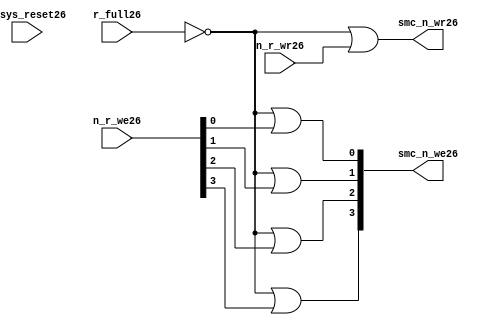
//File26 name   : smc_wr_enable_lite26.v
//Title26       : 
//Created26     : 1999
//Description26 : 
//Notes26       : 
//----------------------------------------------------------------------
//   Copyright26 1999-2010 Cadence26 Design26 Systems26, Inc26.
//   All Rights26 Reserved26 Worldwide26
//
//   Licensed26 under the Apache26 License26, Version26 2.0 (the
//   "License26"); you may not use this file except26 in
//   compliance26 with the License26.  You may obtain26 a copy of
//   the License26 at
//
//       http26://www26.apache26.org26/licenses26/LICENSE26-2.0
//
//   Unless26 required26 by applicable26 law26 or agreed26 to in
//   writing, software26 distributed26 under the License26 is
//   distributed26 on an "AS26 IS26" BASIS26, WITHOUT26 WARRANTIES26 OR26
//   CONDITIONS26 OF26 ANY26 KIND26, either26 express26 or implied26.  See
//   the License26 for the specific26 language26 governing26
//   permissions26 and limitations26 under the License26.
//----------------------------------------------------------------------


  module smc_wr_enable_lite26 (

                      //inputs26                      

                      n_sys_reset26,
                      r_full26,
                      n_r_we26,
                      n_r_wr26,

                      //outputs26

                      smc_n_we26,
                      smc_n_wr26);

//I26/O26
   
   input             n_sys_reset26;   //system reset
   input             r_full26;    // Full cycle write strobe26
   input [3:0]       n_r_we26;    //write enable from smc_strobe26
   input             n_r_wr26;    //write strobe26 from smc_strobe26
   output [3:0]      smc_n_we26;  // write enable (active low26)
   output            smc_n_wr26;  // write strobe26 (active low26)
   
   
//output reg declaration26.
   
   reg [3:0]          smc_n_we26;
   reg                smc_n_wr26;

//----------------------------------------------------------------------
// negedge strobes26 with clock26.
//----------------------------------------------------------------------
      

//----------------------------------------------------------------------
      
//--------------------------------------------------------------------
// Gate26 Write strobes26 with clock26.
//--------------------------------------------------------------------

  always @(r_full26 or n_r_we26)
  
  begin
  
     smc_n_we26[0] = ((~r_full26  ) | n_r_we26[0] );

     smc_n_we26[1] = ((~r_full26  ) | n_r_we26[1] );

     smc_n_we26[2] = ((~r_full26  ) | n_r_we26[2] );

     smc_n_we26[3] = ((~r_full26  ) | n_r_we26[3] );

  
  end

//--------------------------------------------------------------------   
//write strobe26 generation26
//--------------------------------------------------------------------   

  always @(n_r_wr26 or r_full26 )
  
     begin
  
        smc_n_wr26 = ((~r_full26 ) | n_r_wr26 );
       
     end

endmodule // smc_wr_enable26